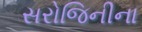
સરોજિનીના